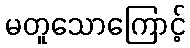
မတူသောကြောင့်